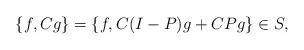
LaTeX: \begin{align*} \{f,Cg\} = \{f, C(I-P)g+CPg\} \in S,\end{align*}